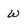
Character: w